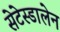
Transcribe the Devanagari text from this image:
सेटेस्डालेन